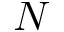
\boldsymbol { N }